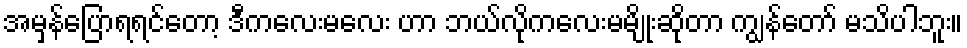
အမှန်ပြောရရင်တော့ ဒီကလေးမလေး ဟာ ဘယ်လိုကလေးမမျိုးဆိုတာ ကျွန်တော် မသိပါဘူး။